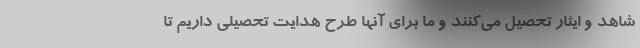
شاهد و ایثار تحصیل می‌کنند و ما برای آنها طرح هدایت تحصیلی داریم تا